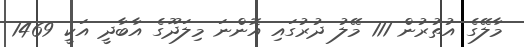
މާލޭގެ އުތުރުން 111 މޭލު ދުރުގައި އޮންނަ މިލަދޫގެ އާބާދީ އަކީ 1469